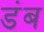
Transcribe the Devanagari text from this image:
डंब